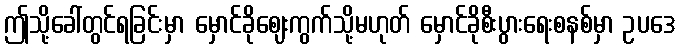
ဤသို့ခေါ်တွင်ရခြင်းမှာ မှောင်ခိုဈေးကွက်သို့မဟုတ် မှောင်ခိုစီးပွားရေးစနစ်မှာ ဥပဒေ